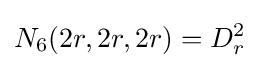
N_{6}(2r,2r,2r)=D_{r}^{2}